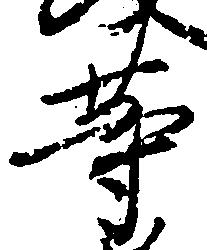
等